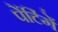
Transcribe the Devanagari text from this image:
पेंटिंगें